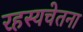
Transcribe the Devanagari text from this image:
रहस्यचेतना